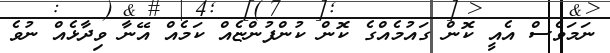
ނަމަވެސް އެއީ ކޮން ގައުމެއްގެ ކޮން ކުންފުންޏެއް ކަމެއް އޭނާ ވިދާޅެއް ނުވެ